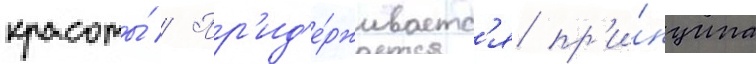
красоты́ // Пр'ид'е́рживаетс'я пр'и́нципа